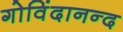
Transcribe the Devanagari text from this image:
गोविंदानन्द